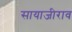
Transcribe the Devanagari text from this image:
सायाजीराव